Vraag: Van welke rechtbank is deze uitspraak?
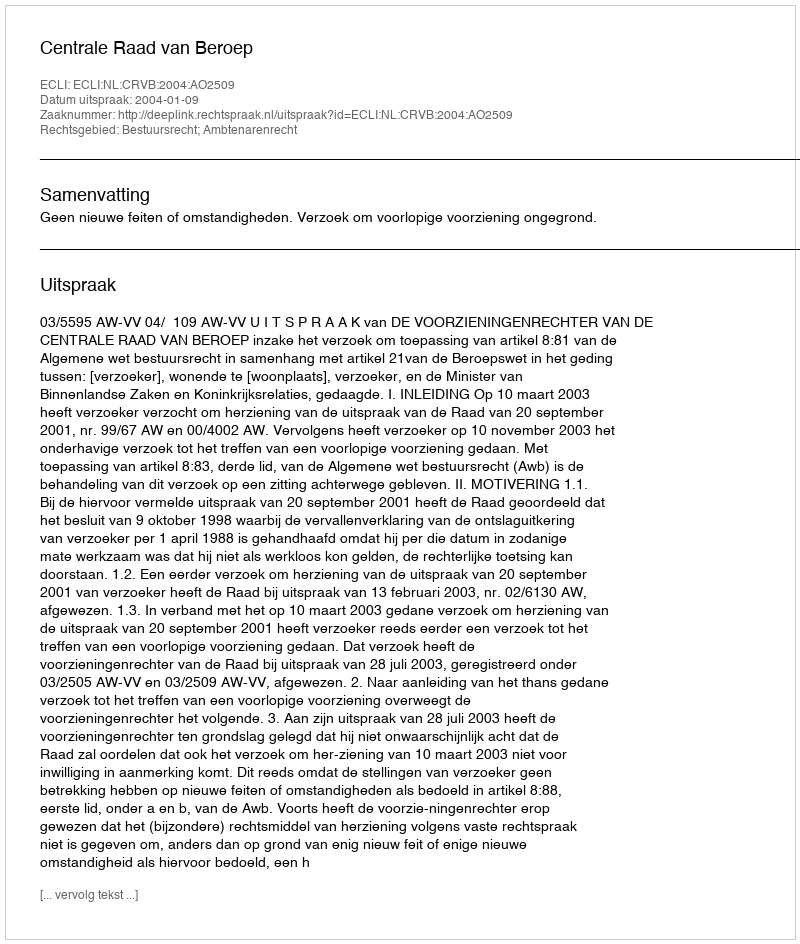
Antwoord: Centrale Raad van Beroep